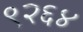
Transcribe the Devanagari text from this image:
९२६४